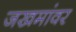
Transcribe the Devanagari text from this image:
जखमांवर